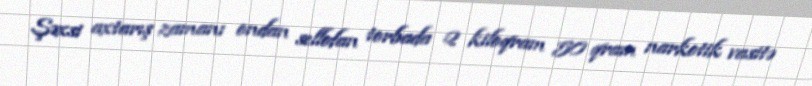
Şəxsi axtarış zamanı ondan sellofan torbada 2 kiloqram 50 qram narkotik vasitə